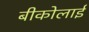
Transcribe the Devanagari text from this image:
बीकोलाई